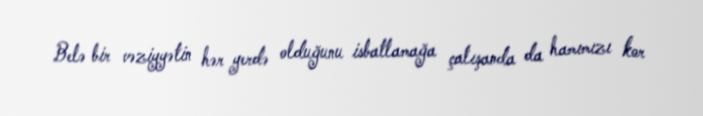
Belə bir vəziyyətin hər yerdə olduğunu isbatlamağa çalışanda da hamımızı kor